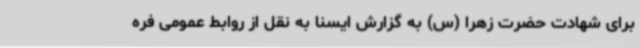
برای شهادت حضرت زهرا (س) به گزارش ایسنا به نقل از روابط عمومی فره